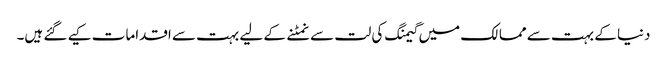
دنیا کے بہت سے ممالک میں گیمنگ کی لت سے نمٹنے کے لیے بہت سے اقدامات کیے گئے ہیں۔